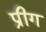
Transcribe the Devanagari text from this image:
प्रीग